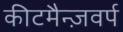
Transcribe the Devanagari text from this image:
कीटमैन्ज़वर्प